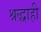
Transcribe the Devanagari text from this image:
श्रद्धाही